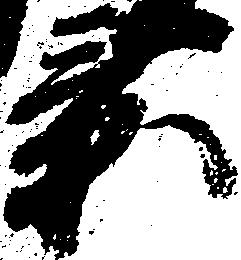
景